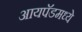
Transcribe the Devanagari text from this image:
आयपॅडमध्ये